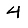
Digit: 4